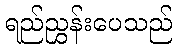
ရည်ညွှန်းပေသည်